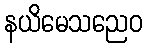
နယိမေသညေဝ